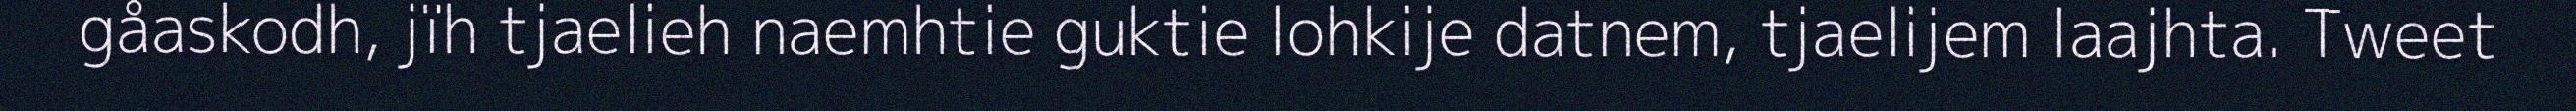
gåaskodh, jïh tjaelieh naemhtie guktie lohkije datnem, tjaelijem laajhta. Tweet